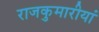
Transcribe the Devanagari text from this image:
राजकुमारीयां